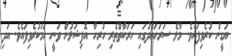
ޔަގީން ކުރެވިފައެވެ. މާލެ ސަރަހައްދުގައި ހަރަކާތްތެރި ހުރިހާ އޮފިޝަލުން ވަނީ ހަމަކުރެވިފައެވެ. އަދި